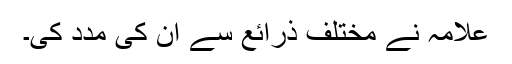
علامہ نے مختلف ذرائع سے ان کی مدد کی۔